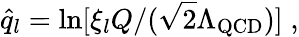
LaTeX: \hat{q}_{l}=\ln[\xi_{l}Q/(\sqrt{2}\Lambda_{\mathrm{QCD}})]\; ,